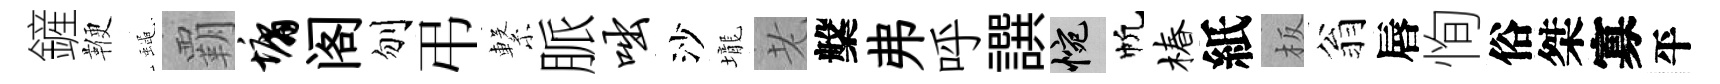
鏟鞭蠅覇墉阁刎弔繋脈咄沙壠老槃弗呼譔惋帆椿紙板翁唇恂俗桀寡平